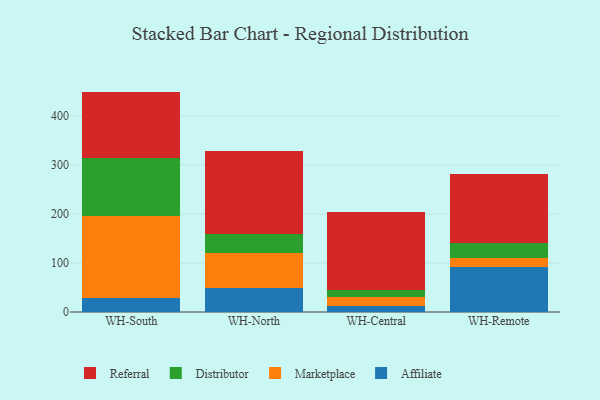
{"axis": {"x": "Warehouse", "y": "Tickets Resolved"}, "legend": ["Affiliate", "Distributor", "Marketplace", "Referral"], "data": [{"x": "WH-South", "y": 29.3, "type": "Affiliate"}, {"x": "WH-South", "y": 166.4, "type": "Marketplace"}, {"x": "WH-South", "y": 118.5, "type": "Distributor"}, {"x": "WH-South", "y": 135.7, "type": "Referral"}, {"x": "WH-North", "y": 49.1, "type": "Affiliate"}, {"x": "WH-North", "y": 71.0, "type": "Marketplace"}, {"x": "WH-North", "y": 38.9, "type": "Distributor"}, {"x": "WH-North", "y": 169.0, "type": "Referral"}, {"x": "WH-Central", "y": 12.0, "type": "Affiliate"}, {"x": "WH-Central", "y": 18.0, "type": "Marketplace"}, {"x": "WH-Central", "y": 14.6, "type": "Distributor"}, {"x": "WH-Central", "y": 158.9, "type": "Referral"}, {"x": "WH-Remote", "y": 91.2, "type": "Affiliate"}, {"x": "WH-Remote", "y": 18.7, "type": "Marketplace"}, {"x": "WH-Remote", "y": 31.7, "type": "Distributor"}, {"x": "WH-Remote", "y": 140.3, "type": "Referral"}]}